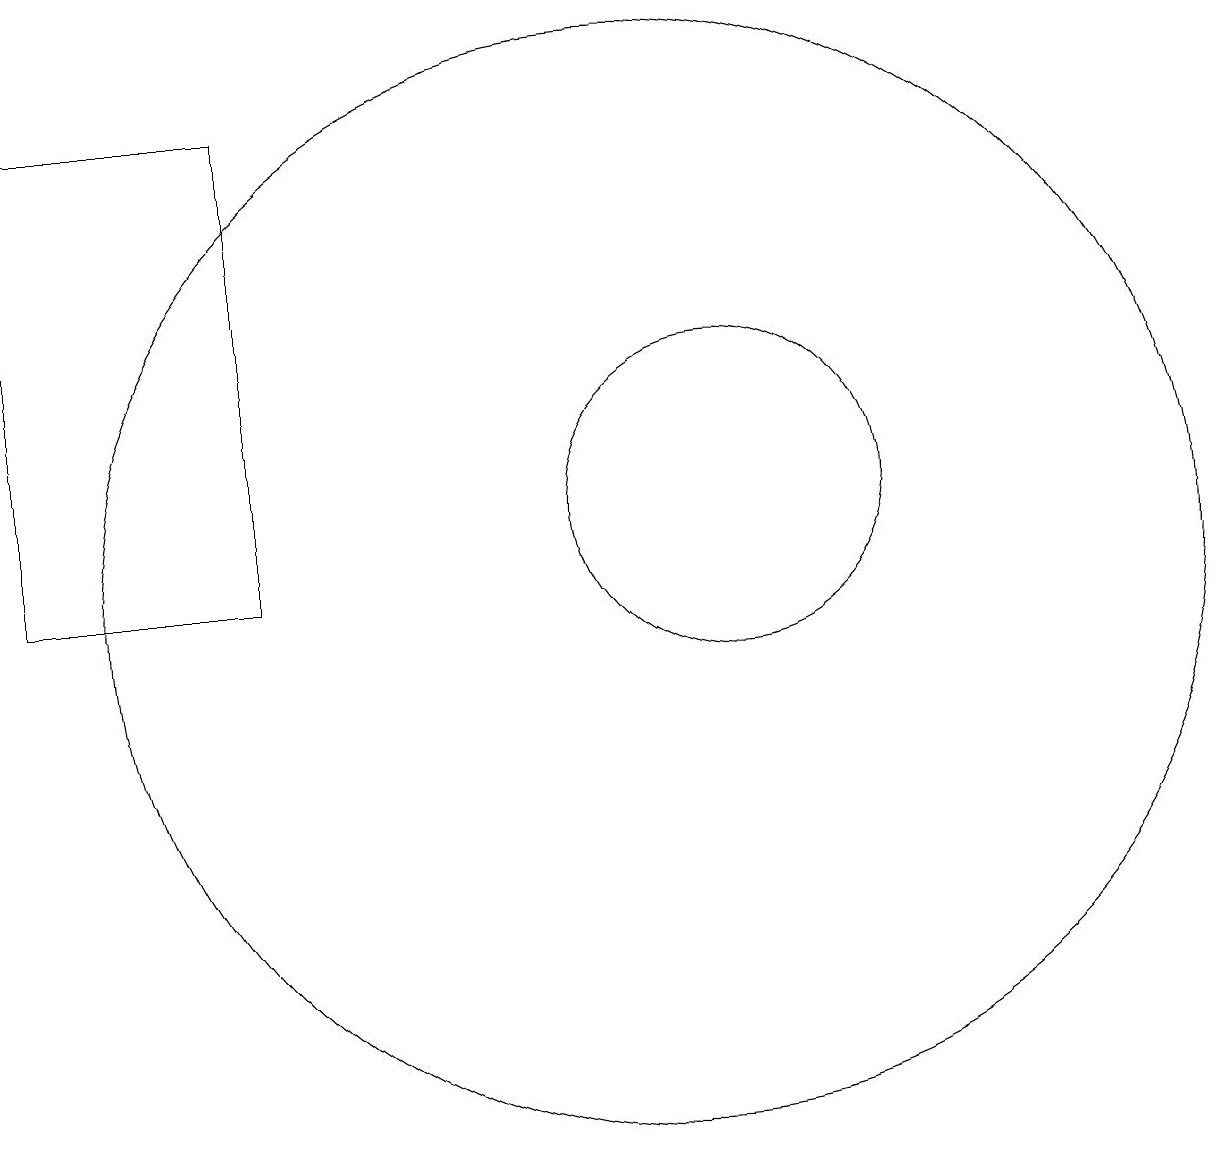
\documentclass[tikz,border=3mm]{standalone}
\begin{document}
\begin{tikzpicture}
\draw (2,16) rectangle (5,10);
\draw (11,11) circle (2);
\draw (10,10) circle (7);
\draw (11,10) circle (0);
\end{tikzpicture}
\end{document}